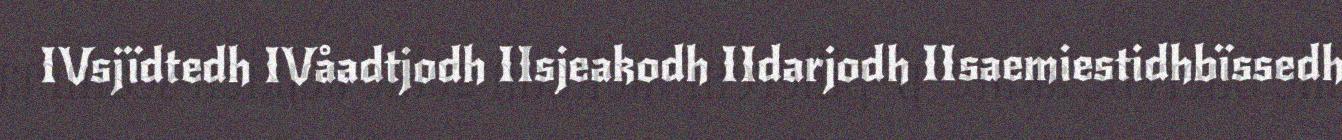
IVsjïdtedh IVåadtjodh IIsjeakodh IIdarjodh IIsaemiestidhbïssedh